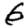
Digit: 6